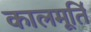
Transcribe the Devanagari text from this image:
कालमूर्तिं